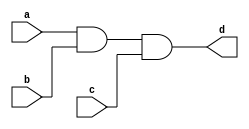
`timescale 1ns / 1ps
//////////////////////////////////////////////////////////////////////////////////
// Company: 
// Engineer: 
// 
// Design Name: 
// Module Name: andGate_3bit
// Project Name: 
// Target Devices: 
// Tool Versions: 
// Description: 
// 
// Dependencies: 
// 
// Revision:
// Revision 0.01 - File Created
// Additional Comments:
// 
//////////////////////////////////////////////////////////////////////////////////

module andGate_3bit(a,b,c,d);
input[2:0] a;
input[2:0] b;
input[2:0] c;
 output [2:0] d;
//always @(a or b or c)
//  d=a&b&c;
//input[2:0] a;
//input[2:0] b;
//output[2:0] d;
 assign  d=a&b&c;

endmodule